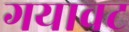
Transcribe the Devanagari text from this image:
गयावट